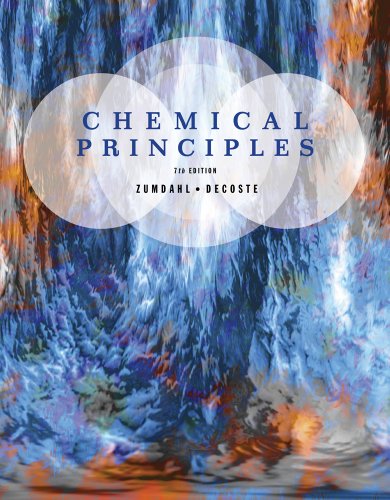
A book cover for Chemical Principles, 7th Edition; Steven S. Zumdahl; Science & Math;